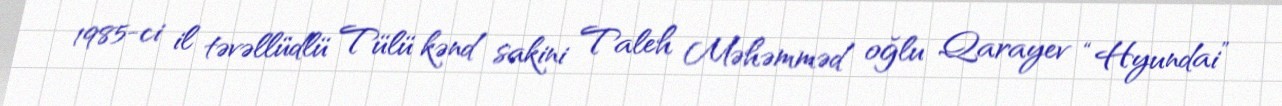
1985-ci il təvəllüdlü Tülü kənd sakini Taleh Məhəmməd oğlu Qarayev “Hyundai”